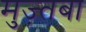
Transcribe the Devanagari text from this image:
मुज़्तबा